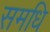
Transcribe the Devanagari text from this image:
समधि